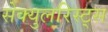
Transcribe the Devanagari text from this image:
सेक्युलरिस्ट्स